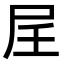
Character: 𪨋